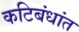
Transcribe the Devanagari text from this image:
कटिबंधांत